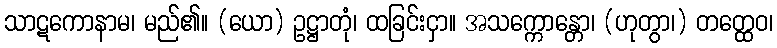
သာဋကောနာမ၊ မည်၏။ (ယော) ဥဋ္ဌာတုံ၊ ထခြင်းငှာ။ အသက္ကောန္တော၊ (ဟုတွာ၊) တတ္ထေဝ၊